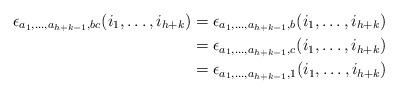
LaTeX: \begin{align*}\epsilon_{a_1, \dots , a_{h+k-1}, bc}(i_1, \dots , i_{h+k}) &= \epsilon_{a_1, \dots , a_{h+k-1}, b}(i_1, \dots , i_{h+k})\\ &= \epsilon_{a_1, \dots , a_{h+k-1}, c}(i_1, \dots , i_{h+k})\\&= \epsilon_{a_1, \dots , a_{h+k-1}, 1}(i_1, \dots , i_{h+k})\end{align*}